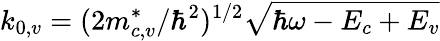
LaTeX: k_{0,v}=(2m_{c,v}^{*}/\hbar^{2})^{1/2}\sqrt{\hbar\omega-E_{c}+E_{v}}